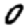
Digit: 0